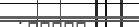
: